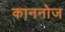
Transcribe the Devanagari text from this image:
काननोज